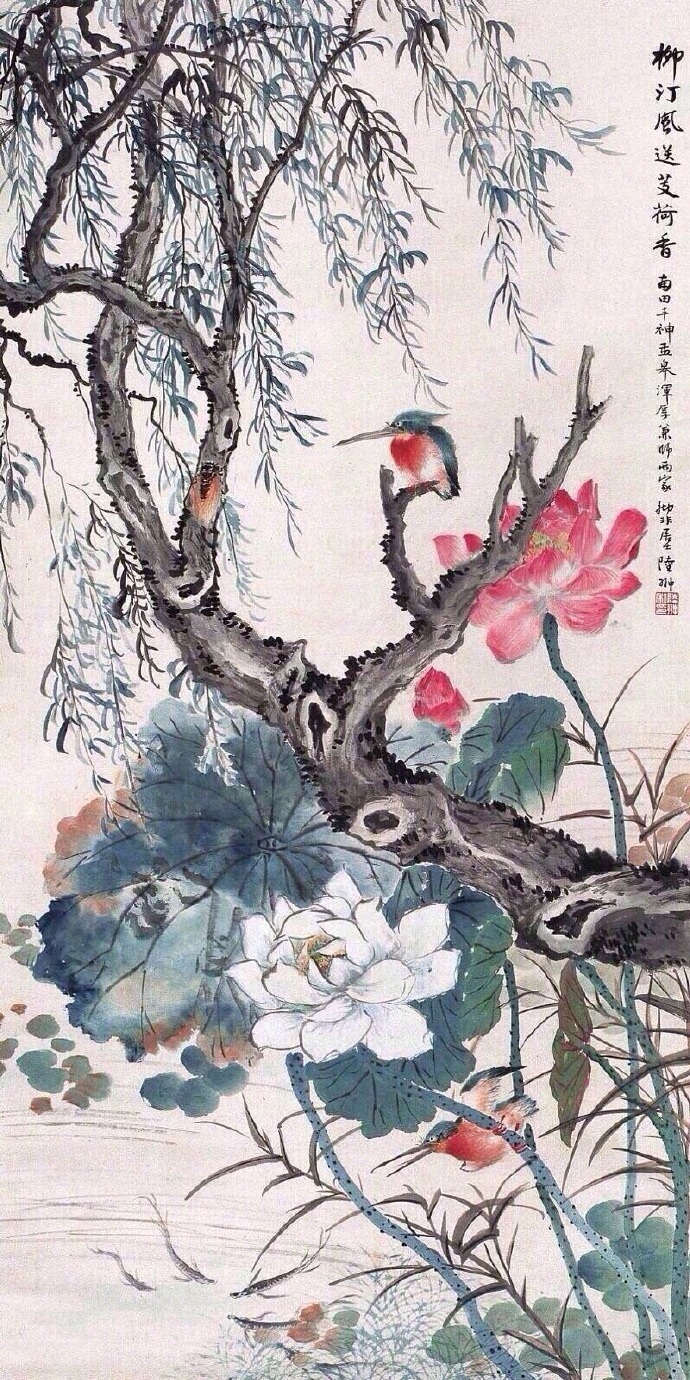
黄梅时节家家雨，青草池塘处处蛙。